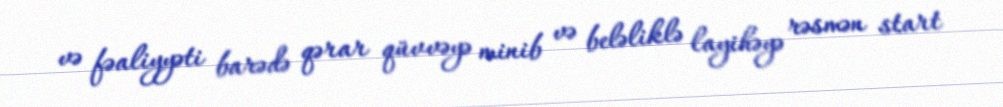
və fəaliyyəti barədə qərar qüvvəyə minib və beləliklə layihəyə rəsmən start